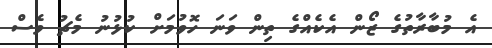
އެ މުބާރާތުގެ ޒޯން އެކެއްގެ ތިން ވަނަ ހޮވުމަށް ކުޅުނު މެޗު ވެސް